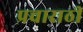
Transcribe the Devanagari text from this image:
प्रचाराठी